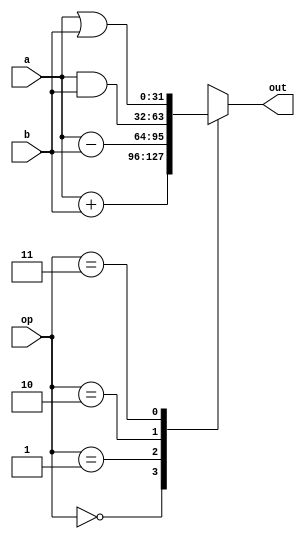
module alu(
	input [31:0] a, b,
	input [1:0] op,
	output reg [31:0] out
);

always @ (a, b, op) begin
	case (op) 
		0: out = a + b;
		1: out = a - b;
		2: out = a & b;
		3: out = a | b;
		default: out = 32'hXXXX;
	endcase
end

endmodule